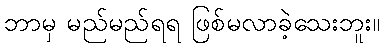
ဘာမှ မည်မည်ရရ ဖြစ်မလာခဲ့သေးဘူး။